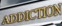
ADDICDOX